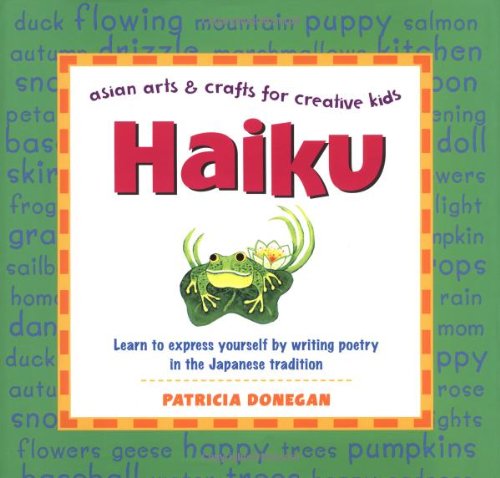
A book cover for Haiku: Learn to express yourself by writing poetry in the Japanese tradition (Asian Arts and Crafts For Creative Kids); Patricia Donegan; Literature & Fiction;